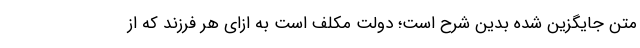
متن جایگزین شده بدین شرح است؛ دولت مکلف است به ازای هر فرزند که از